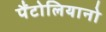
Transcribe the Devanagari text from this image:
पैंटोलियानो